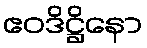
ဧဝဒိဋ္ဌိနော